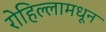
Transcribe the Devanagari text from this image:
रोहिल्लामधून